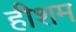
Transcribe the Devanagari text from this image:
हीशम